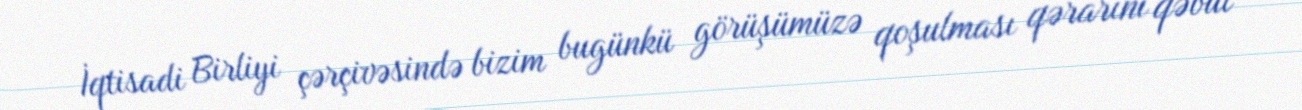
İqtisadi Birliyi çərçivəsində bizim bugünkü görüşümüzə qoşulması qərarını qəbul